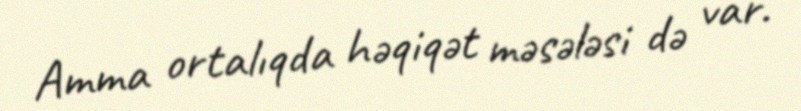
Amma ortalıqda həqiqət məsələsi də var.